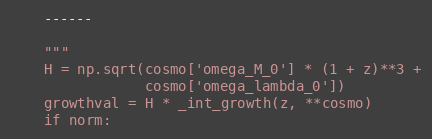
Language: Python
    ------

    """
    H = np.sqrt(cosmo['omega_M_0'] * (1 + z)**3 +
                cosmo['omega_lambda_0'])
    growthval = H * _int_growth(z, **cosmo)
    if norm: